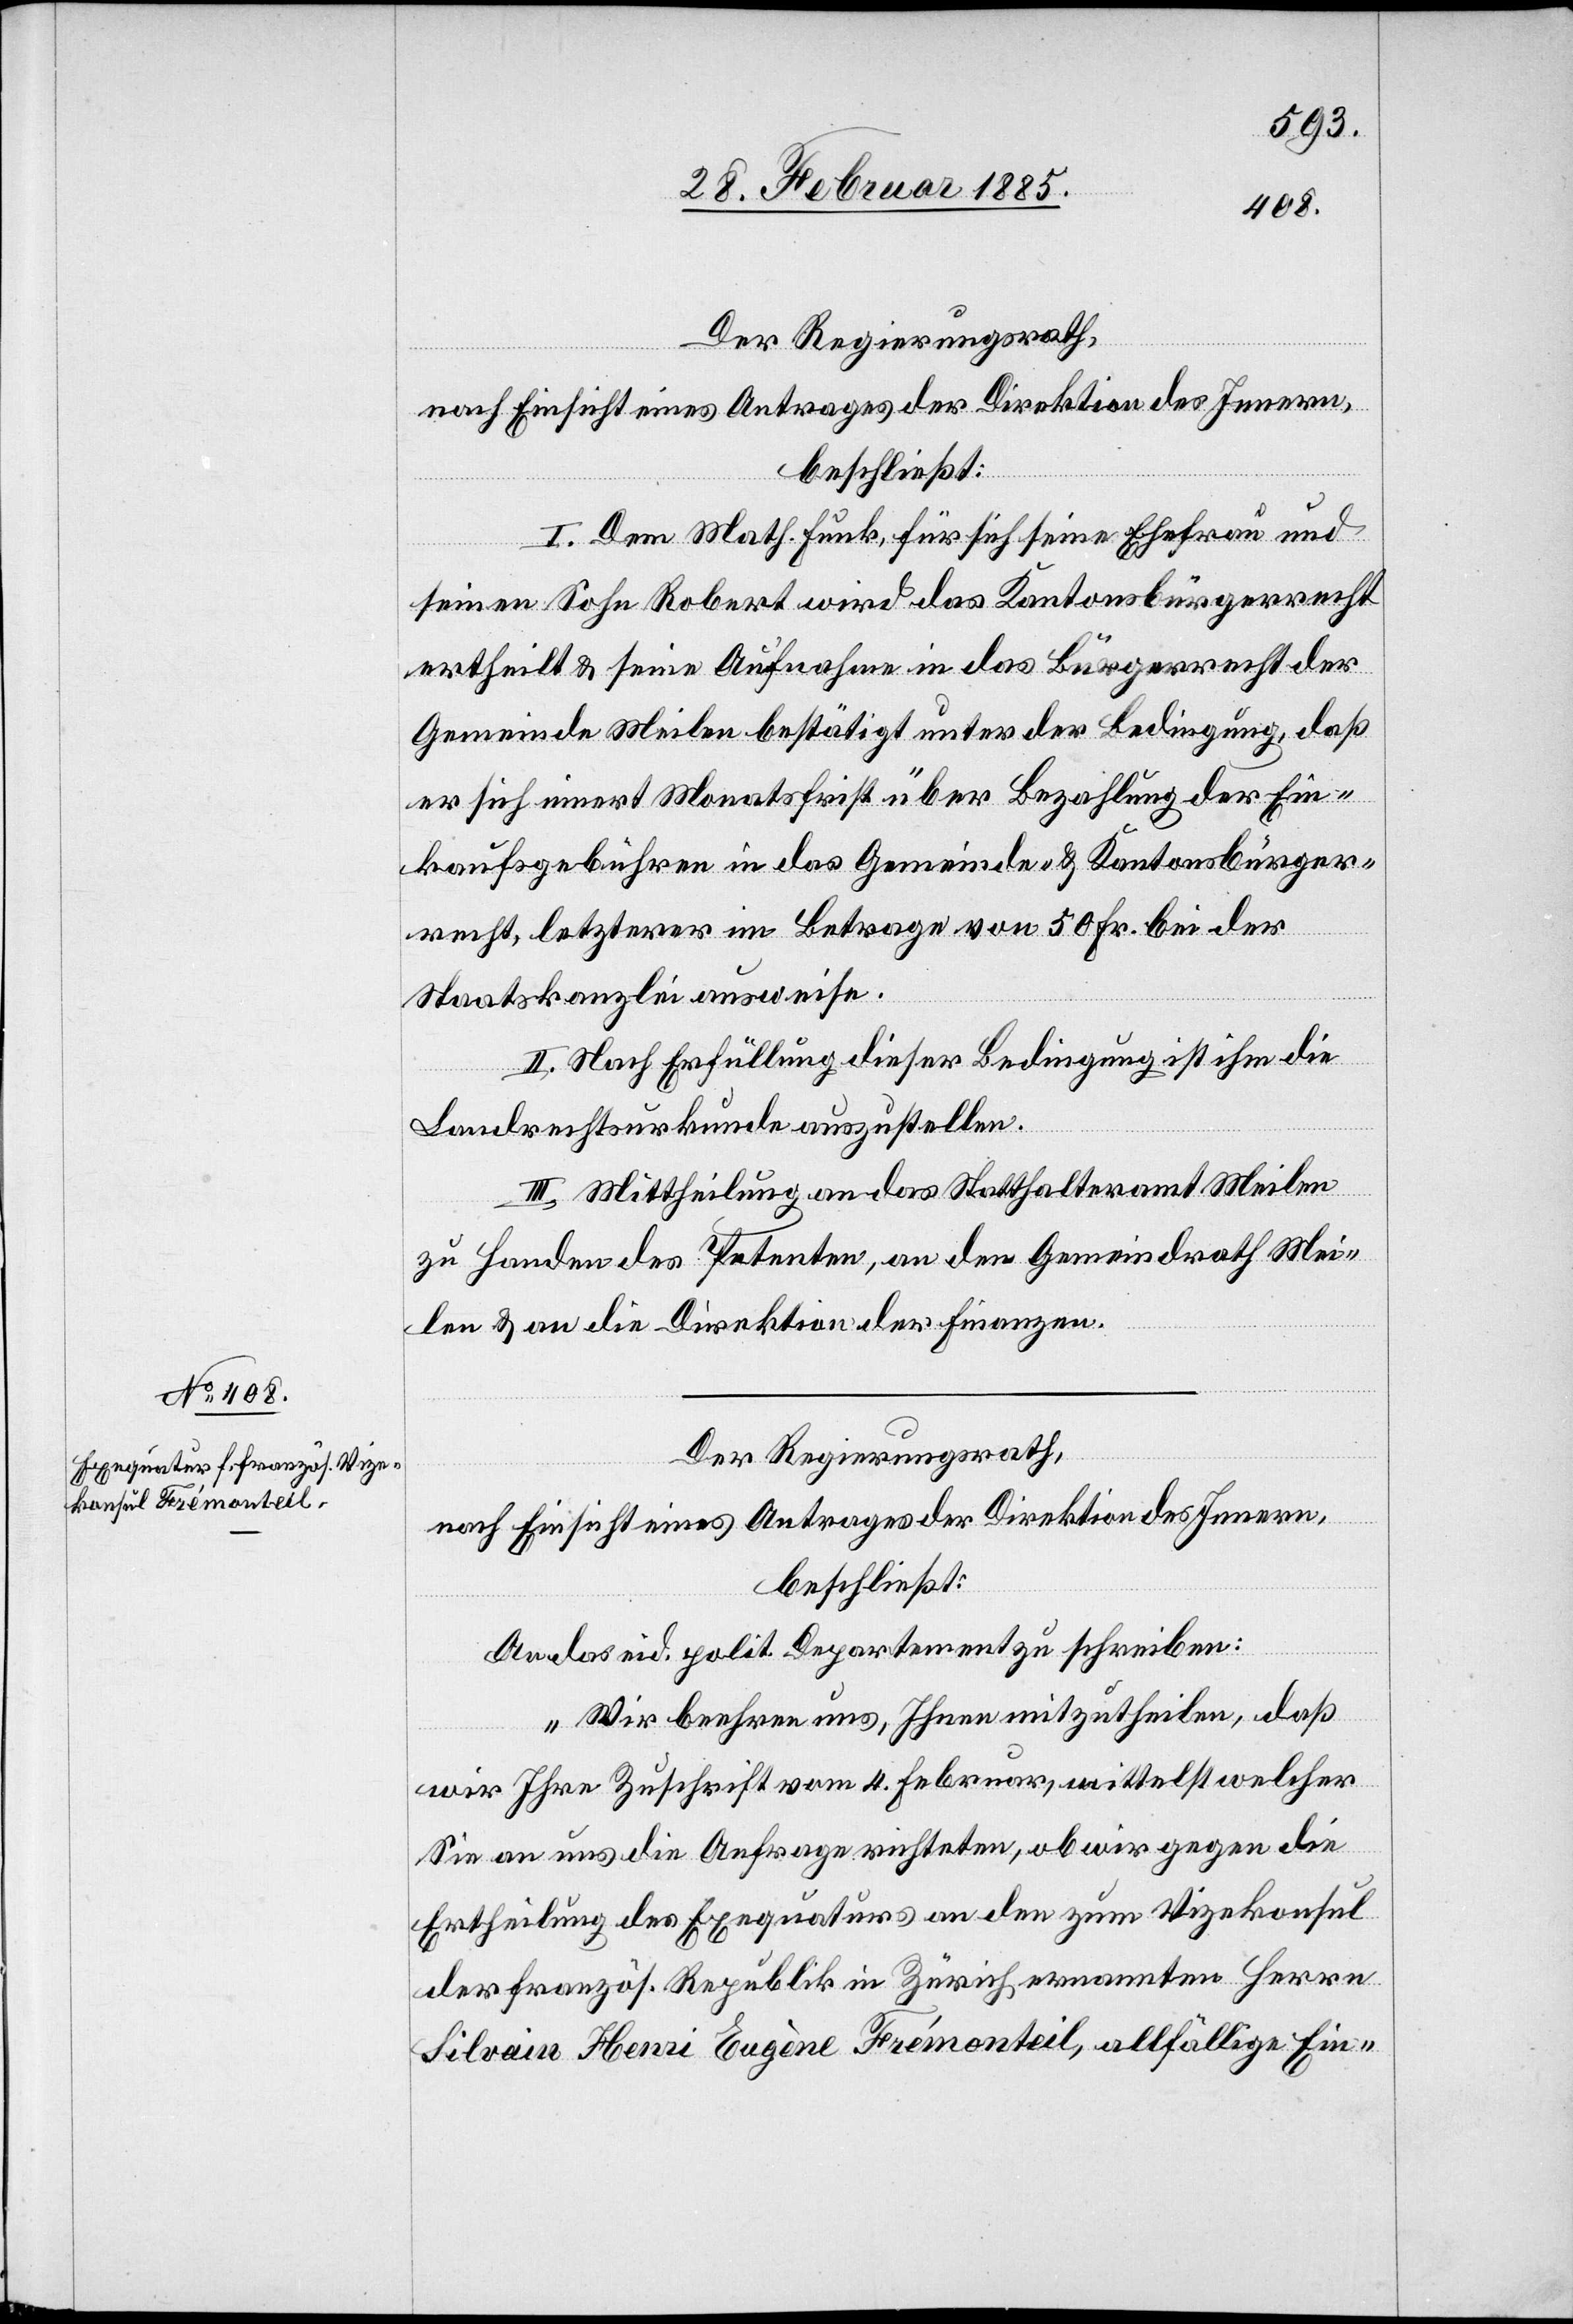
Der Regierungsrath,
nach Einsicht eines Antrages der Direktion des Innern,
beschließt:
I. Dem Math. Funk, für sich[,] seine Ehefrau und
seinen Sohn Robert wird das Kantonsbürgerrecht
ertheilt & seine Aufnahme in das Bürgerrecht der
Gemeinde Meilen bestätigt unter der Bedingung, daß
er sich innert Monatsfrist über Bezahlung der Ein¬
kaufsgebühren in das Gemeinde- & Kantonsbürger¬
recht, letzterer im Betrage von 50 Fr. bei der
Staatskanzlei ausweise.
II. Nach Erfüllung dieser Bedingung ist ihm die
Landrechtskurkunde auszustellen.
III. Mittheilung an das Statthalteramt Meilen
zu Handen des Petenten, an den Gemeindrath Mei¬
len & an die Direktion der Finanzen.
Der Regierungsrath,
nach Einsicht eines Antrages der Direktion des Innern,
beschließt:
An das eid. polit. Departement zu schreiben:
„Wir beehren uns, Ihnen mitzutheilen, daß
wir Ihre Zuschrift vom 4. Februar, mittelst welcher
Sie an uns die Anfrage richteten, ob wir gegen die
Ertheilung des Exequaturs an den zum Vizekonsul
der französ. Republik in Zürich ernannten Herren
Silvain Henri Eugène Frémonteil, allfällige Ein-